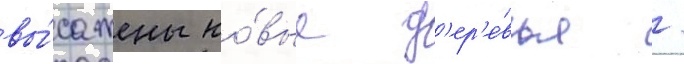
вы́сажены но́вые д'ер'е́вья /